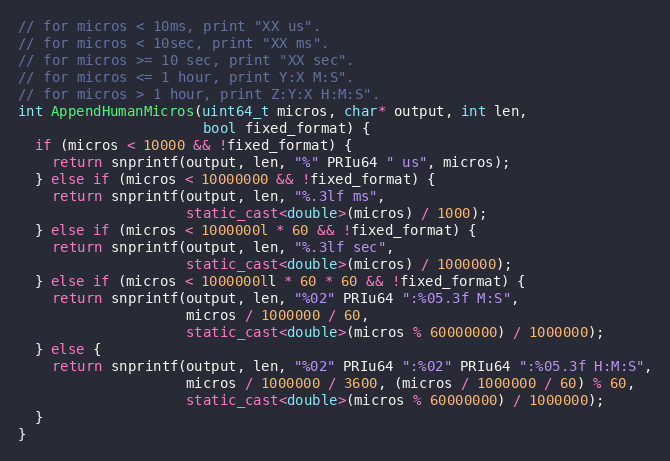
Language: C++
// for micros < 10ms, print "XX us".
// for micros < 10sec, print "XX ms".
// for micros >= 10 sec, print "XX sec".
// for micros <= 1 hour, print Y:X M:S".
// for micros > 1 hour, print Z:Y:X H:M:S".
int AppendHumanMicros(uint64_t micros, char* output, int len,
                      bool fixed_format) {
  if (micros < 10000 && !fixed_format) {
    return snprintf(output, len, "%" PRIu64 " us", micros);
  } else if (micros < 10000000 && !fixed_format) {
    return snprintf(output, len, "%.3lf ms",
                    static_cast<double>(micros) / 1000);
  } else if (micros < 1000000l * 60 && !fixed_format) {
    return snprintf(output, len, "%.3lf sec",
                    static_cast<double>(micros) / 1000000);
  } else if (micros < 1000000ll * 60 * 60 && !fixed_format) {
    return snprintf(output, len, "%02" PRIu64 ":%05.3f M:S",
                    micros / 1000000 / 60,
                    static_cast<double>(micros % 60000000) / 1000000);
  } else {
    return snprintf(output, len, "%02" PRIu64 ":%02" PRIu64 ":%05.3f H:M:S",
                    micros / 1000000 / 3600, (micros / 1000000 / 60) % 60,
                    static_cast<double>(micros % 60000000) / 1000000);
  }
}